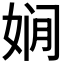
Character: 𱙗